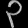
Digit: ၃